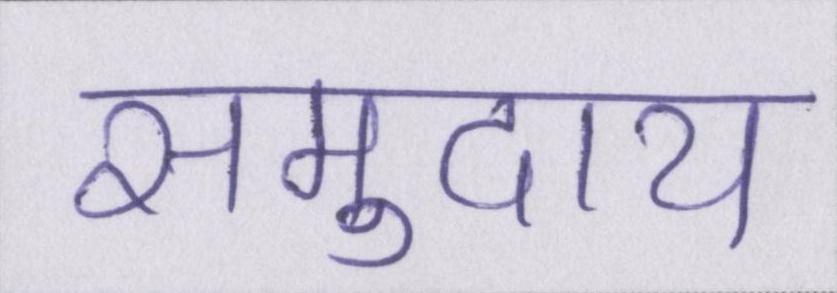
समुदाय